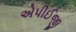
એપીઈજી